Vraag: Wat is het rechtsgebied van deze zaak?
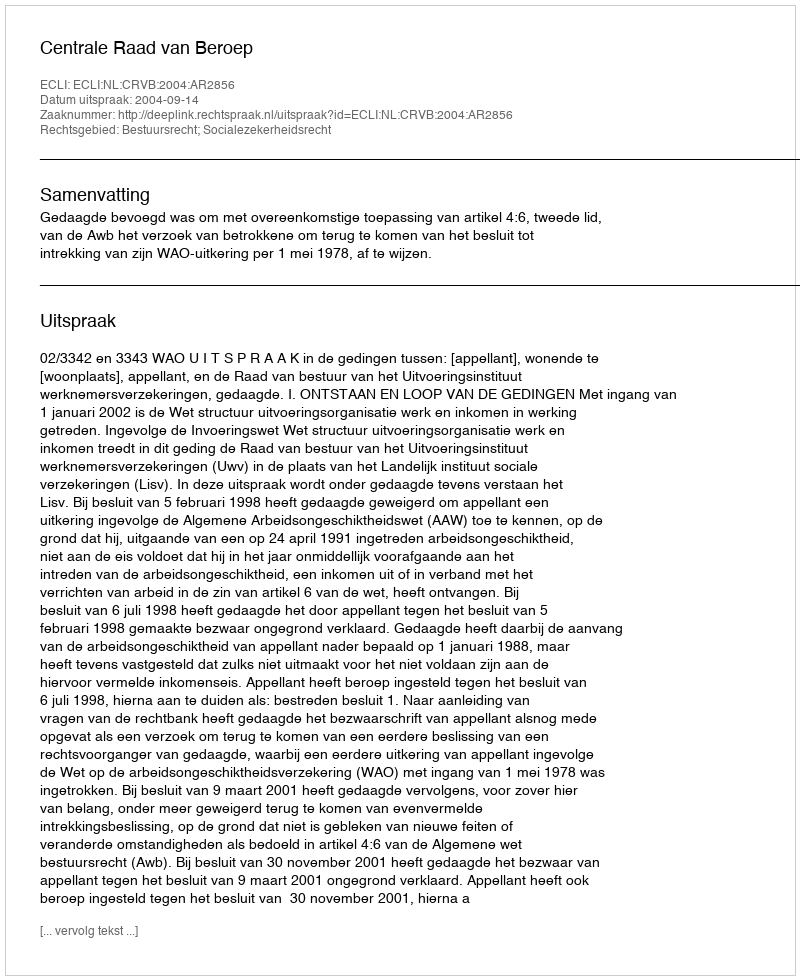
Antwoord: Bestuursrecht; Socialezekerheidsrecht